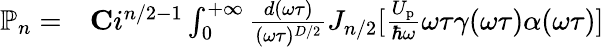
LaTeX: \begin{array}{rl}{\mathbb{P}_{n}=}&{{}{\mathbf C}i^{n/2-1}\int_{0}^{+\infty}\frac{d(\omega\tau)}{(\omega\tau)^{D/2}}J_{n/2}[\frac{U_{\mathrm{p}}}{\hbar\omega}\omega\tau\gamma(\omega\tau)\alpha(\omega\tau)]}\end{array}